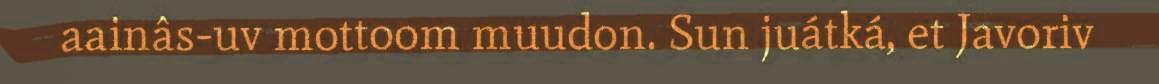
aainâs-uv mottoom muudon. Sun juátká, et Javoriv